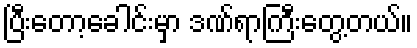
ပြီးတော့ခေါင်းမှာ ဒဏ်ရာကြီးတွေ့တယ်။